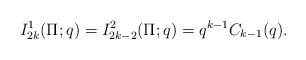
LaTeX: \begin{align*}I_{2k}^1(\Pi;q) = I_{2k-2}^{2}(\Pi;q)=q^{k-1}C_{k-1}(q).\end{align*}